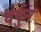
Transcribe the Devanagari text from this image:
वर्षुन